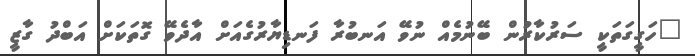
"ހަގީގަތަކީ ސަރުކާރުން ބޭނުމެއް ނުވޭ އަނބުރާ ފަނޑިޔާރުގެއަށް އާދެވޭ ގޮތަކަށް އަބްދު ގާޒީ